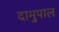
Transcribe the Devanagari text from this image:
दामुपाल